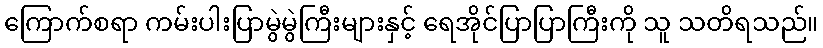
ကြောက်စရာ ကမ်းပါးပြာမွဲမွဲကြီးများနှင့် ရေအိုင်ပြာပြာကြီးကို သူ သတိရသည်။